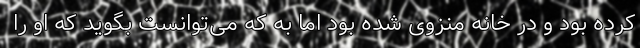
کرده بود و در خانه منزوی شده بود اما به که می‌توانست بگوید که او را